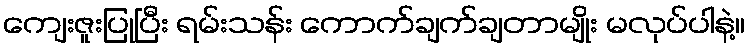
ကျေးဇူးပြုပြီး ရမ်းသန်း ကောက်ချက်ချတာမျိုး မလုပ်ပါနဲ့။